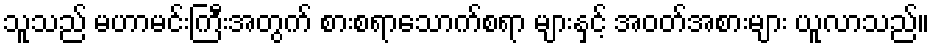
သူသည် မဟာမင်းကြီးအတွက် စားစရာသောက်စရာ များနှင့် အဝတ်အစားများ ယူလာသည်။